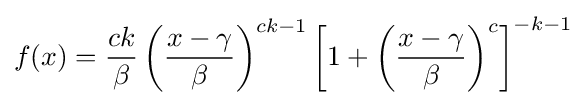
f(x)={\frac {ck}{\beta }}\left({\frac {x-\gamma }{\beta }}\right)^{ck-1}\left[1+\left({\frac {x-\gamma }{\beta }}\right)^{c}\right]^{-k-1}